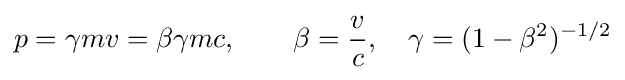
p=\gamma mv=\beta \gamma mc,\qquad \beta ={\frac {v}{c}},\quad \gamma =(1-\beta ^{2})^{-1/2}